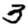
Digit: 3